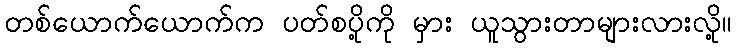
တစ်ယောက်ယောက်က ပတ်စပို့ကို မှား ယူသွားတာများလားလို့။